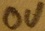
Text: 0V